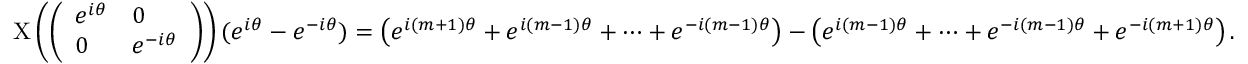
\mathrm { X } \left( { \left( \begin{array} { l l } { e ^ { i \theta } } & { 0 } \\ { 0 } & { e ^ { - i \theta } } \end{array} \right) } \right) ( e ^ { i \theta } - e ^ { - i \theta } ) = \left( e ^ { i ( m + 1 ) \theta } + e ^ { i ( m - 1 ) \theta } + \cdots + e ^ { - i ( m - 1 ) \theta } \right) - \left( e ^ { i ( m - 1 ) \theta } + \cdots + e ^ { - i ( m - 1 ) \theta } + e ^ { - i ( m + 1 ) \theta } \right) .